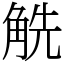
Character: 䚚